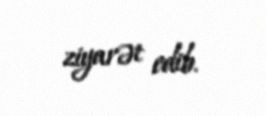
ziyarət edib.